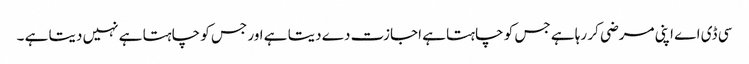
سی ڈی اے اپنی مرضی کر رہا ہے جس کو چاہتا ہے اجازت دے دیتا ہے اور جس کو چاہتا ہے نہیں دیتا ہے ۔